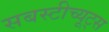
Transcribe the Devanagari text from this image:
सबस्टीच्यूट्स